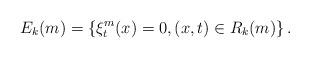
LaTeX: \begin{align*}E_{k}(m) = \left\{\xi_{t}^{m}(x)=0, (x,t) \in R_{k}(m)\right\}.\end{align*}